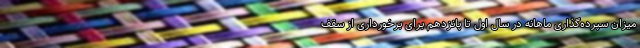
میزان سپرده‌گذاری ماهانه در سال اول تا پانزدهم برای برخورداری از سقف